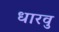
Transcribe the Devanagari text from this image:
धारवु